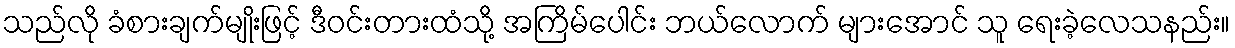
သည်လို ခံစားချက်မျိုးဖြင့် ဒီဝင်းတားထံသို့ အကြိမ်ပေါင်း ဘယ်လောက် များအောင် သူ ရေးခဲ့လေသနည်း။